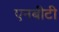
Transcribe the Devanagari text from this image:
एनबीटी